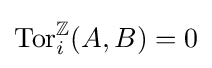
\operatorname {Tor} _{i}^{\mathbb {Z} }(A,B)=0